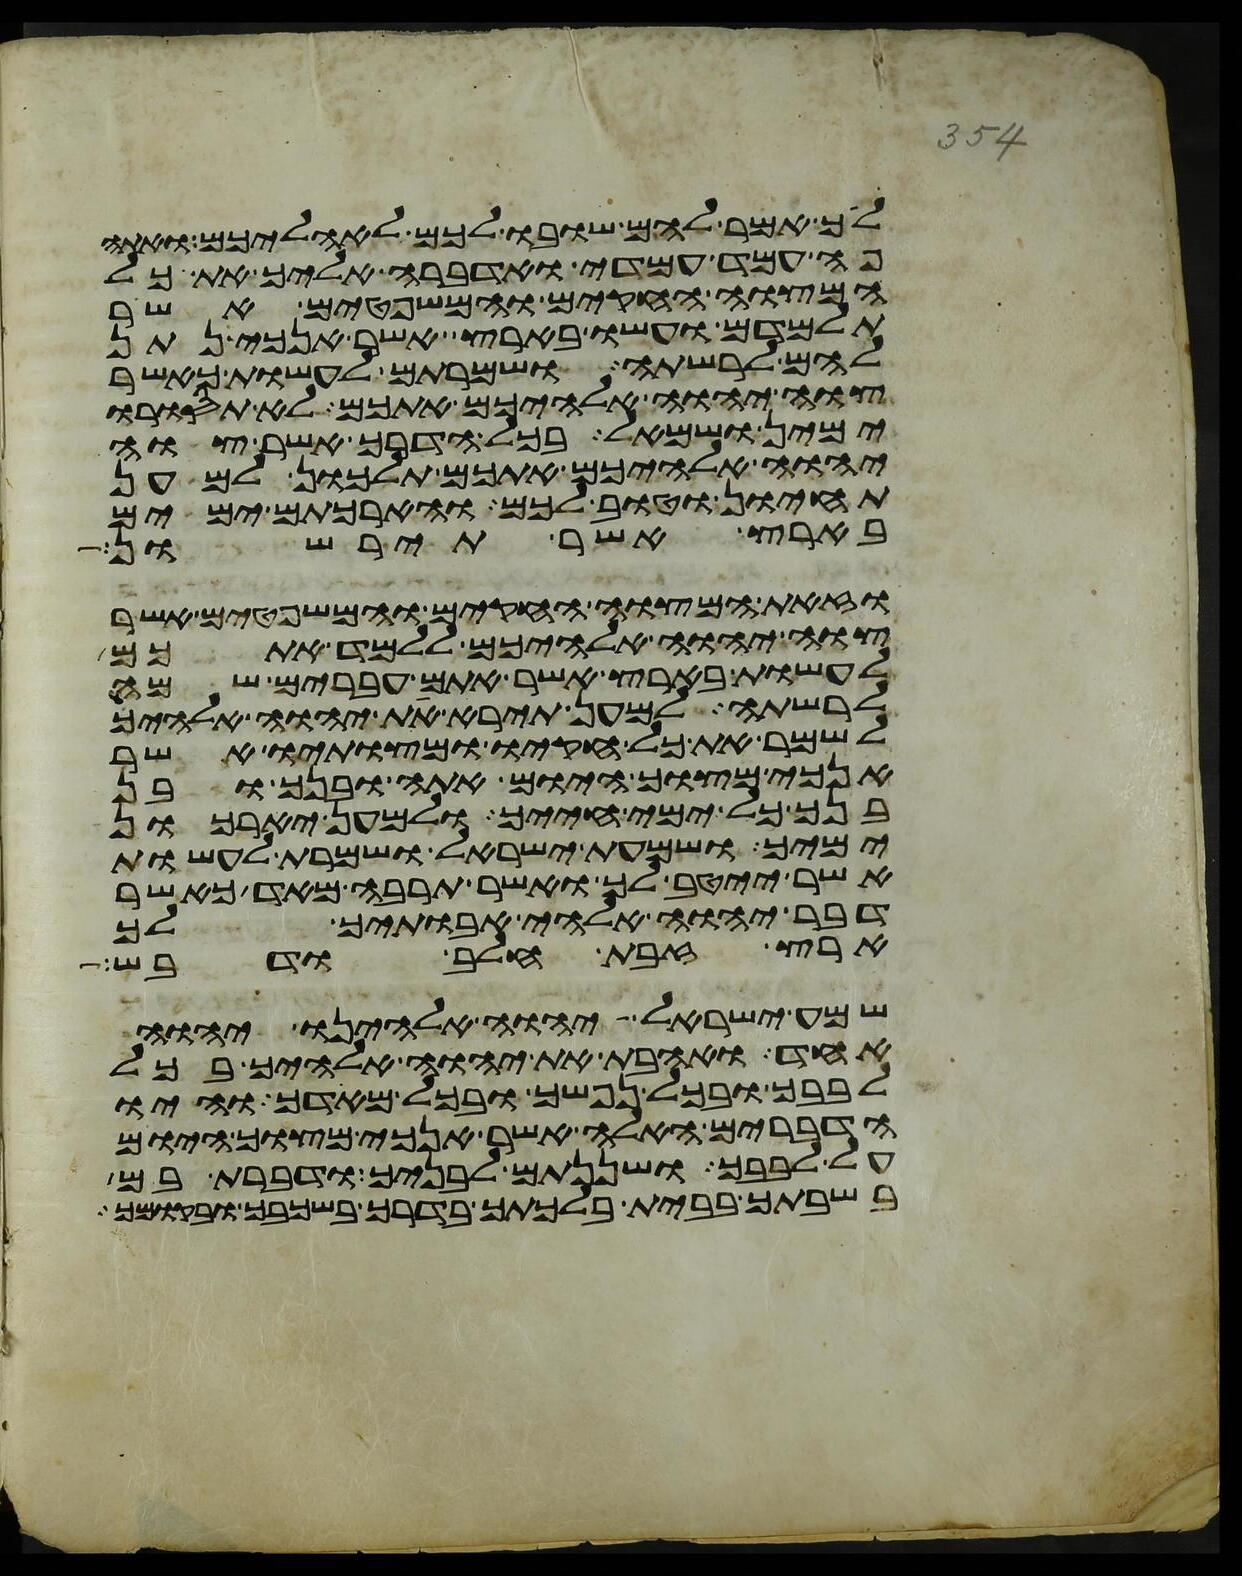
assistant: לך אמר להם שובו לכם לאהליכם ואתה
פה עמד עמדי ואדברה אליך את כל
המצוה החקים והמשפטים אשר
תלמדם ועשו בארץ אשר אנכי נתן
להם לרשתה ושמרתם לעשות כאשר
צוה יהוה אלהיכם אתכם לא תסורו
ימין ושמאל בכל הדרך אשר צוה
יהוה אלהיכם אתכם תלכון למען
תחיון וטוב לכם והארכתם ימים
בארץ אשר תירשון
וזאת המצוה החקים והמשפטים אשר
צוה יהוה אלהיכם ללמד אתכם
לעשות בארץ אשר אתם עברים שמה
לרשתה למען תירא את יהוה אלהיך
לשמר את כל חקיו ומצותיו אשר
אנכי מצוך היום אתה ובנך ובן
בנך כל ימי חייך ולמען יאריכון
ימיך ושמעת ישראל ושמרת לעשות
אשר ייטב לך ואשר תרבה מאד כאשר
דבר יהוה אלהי אבתיך לך
ארץ זבת חלב ודבש
שמע ישראל יהוה אלהינו יהוה
אחד ואהבת את יהוה אלהיך בכל
לבבך ובכל נפשך ובכל מאדך והיו
הדברים האלה אשר אנכי מצוך היום
על לבבך ושננתם לבניך ודברת בם
בשבתך בבית בלכתך בדרך בשכבך ובקומך